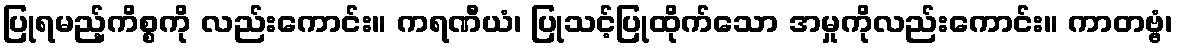
ပြုရမည့်ကိစ္စကို လည်းကောင်း။ ကရဏီယံ၊ ပြုသင့်ပြုထိုက်သော အမှုကိုလည်းကောင်း။ ကာတဗ္ဗံ၊